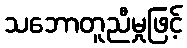
သဘောတူညီမှုဖြင့်